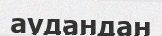
аудандан